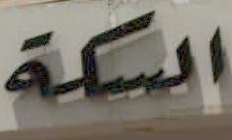
السكة